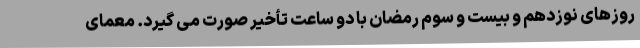
روزهای نوزدهم و بیست و سوم رمضان با دو ساعت تأخیر صورت می گیرد. معمای